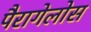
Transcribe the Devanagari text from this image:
पैरागेलोस